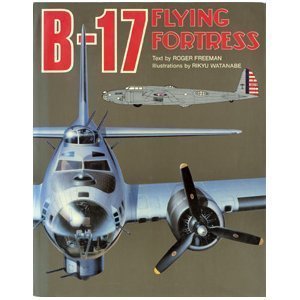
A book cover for B 17: Flying Fortress; Roger Freeman; Engineering & Transportation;